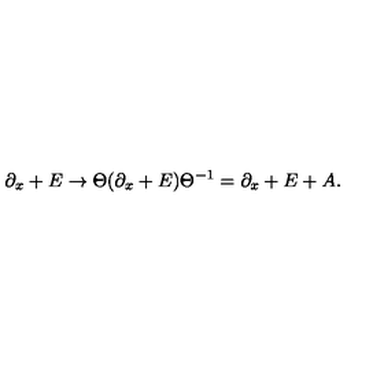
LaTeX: \partial _ { x } + E \to \Theta ( \partial _ { x } + E ) \Theta ^ { - 1 } = \partial _ { x } + E + A .